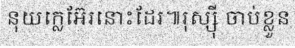
នុយក្លេអ៊ែរនោះដែរ៕រុស្ស៊ី ចាប់ខ្លួន